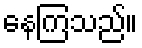
နေကြသည်။